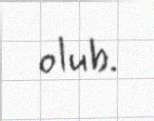
olub.